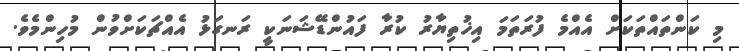
މި ކަންތައްތަކަށް އެއްމެ ފުރަތަމަ އިޚުތިޔާރު ކުރާ ފައުންޑޭޝަނަކީ ރަނގަޅު އެއްޗަކަށްވުން މުހިންމެވެ.